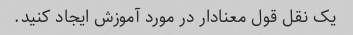
یک نقل قول معنادار در مورد آموزش ایجاد کنید.